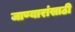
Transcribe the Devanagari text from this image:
जाण्यारांसाठी